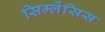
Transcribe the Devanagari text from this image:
सिम्लेंसिस